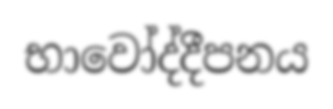
භාවෝද්දීපනය